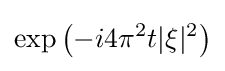
\exp \left(-i4\pi ^{2}t|\xi |^{2}\right)